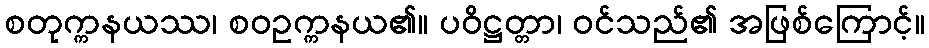
စတုက္ကနယဿ၊ စဝဥက္ကနယ၏။ ပဝိဋ္ဌတ္တာ၊ ဝင်သည်၏ အဖြစ်ကြောင့်။